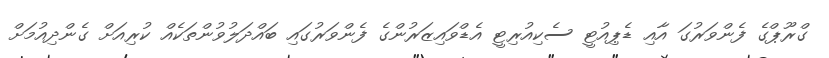
ގްރޫޕްގެ ފެންވަރުގަ އާއި ޑެޕިއުޓީ ސެކިއުރިޓީ އެޑްވައިޒަރުންގެ ފެންވަރުގައި ބައްދަލުވުންތަކެއް ކުރިއަށް ގެންދިއުމަށް